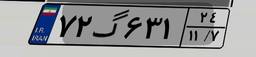
۷۲گ۶۳۱۲۴